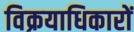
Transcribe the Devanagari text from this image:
विक्रयाधिकारों